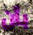
بأن